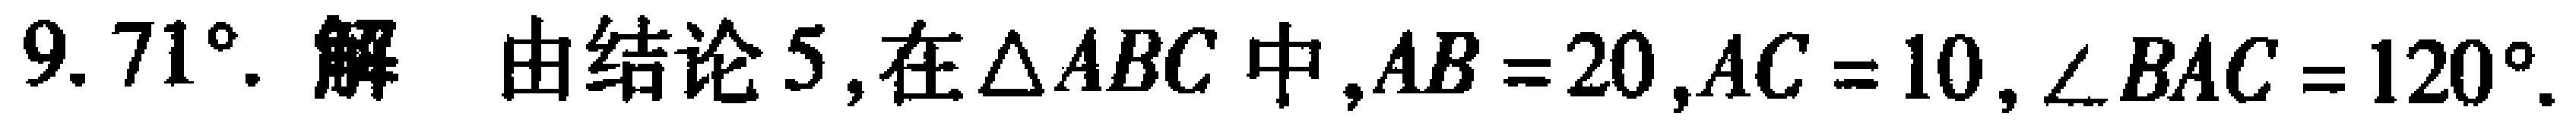
$9.71^{\circ}. 解 由结论5,在\triangle ABC中,AB = 20,AC = 10,\angle BAC = 120^{\circ}.$